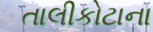
તાલીકોટાના